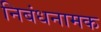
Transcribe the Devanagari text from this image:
निबंधनामक